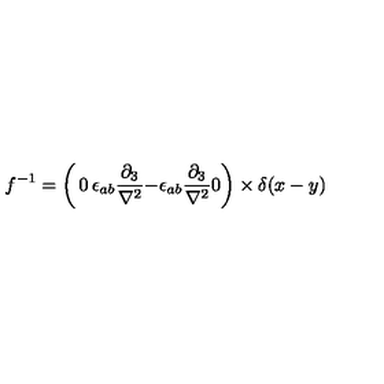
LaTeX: f ^ { - 1 } = \left( \begin{matrix} { 0 } & { \epsilon _ { a b } \frac { \partial _ { 3 } } { \nabla ^ { 2 } } } \\ { - \epsilon _ { a b } \frac { \partial _ { 3 } } { \nabla ^ { 2 } } } & { 0 } \\ \end{matrix} \right) \times \delta ( x - y )